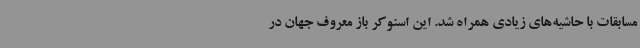
مسابقات با حاشیه‌های زیادی همراه شد. این اسنوکر باز معروف جهان در